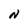
Character: N